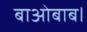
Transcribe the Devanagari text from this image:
बाओबाब।